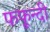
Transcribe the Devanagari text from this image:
फफून्दी